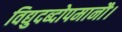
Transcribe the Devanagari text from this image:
विद्युदब्दोपमानौ।